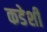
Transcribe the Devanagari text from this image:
कडेशी